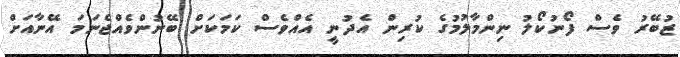
ޒުބޭރު ވެސް ފޯނުކޯލު ނިންމާލުމުގެ ކުރިން އެދުނީ އެއްވެސް ކަމަކަށް ބޭނުންވެއްޖެނަމަ އޭނާއަށް